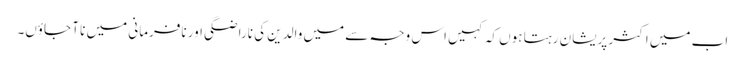
اب میں اکثر پریشان رہتا ہوں کہ کہیں اس وجہ سے میں والدین کی ناراضگی اور نافرمانی میں نا آ جاؤں۔